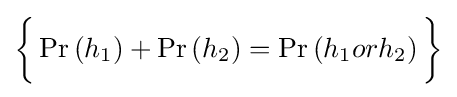
{\bigg \{}\Pr \left(h_{1}\right)+\Pr \left(h_{2}\right)=\Pr \left(h_{1}orh_{2}\right){\bigg \}}